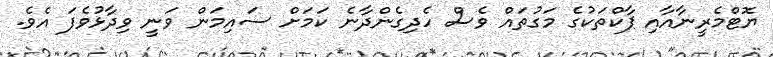
ޔޮޓްމެރީނާއާއި ޕާކްތަކުގެ މަގުތައް ވެސް ހެދިގެންދާނެ ކަމަށް ސައިމަން ވަނީ ވިދާޅުވެފަ އެވެ.